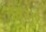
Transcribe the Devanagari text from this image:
नंदसूर